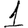
Digit: 1